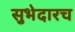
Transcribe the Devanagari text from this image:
सुभेदारच